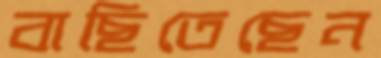
বাছিতেছেন